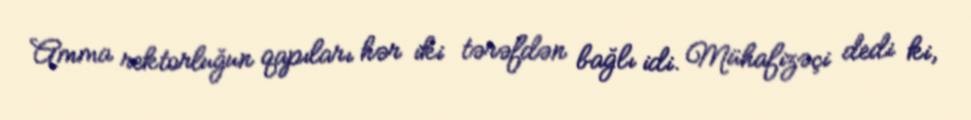
Amma rektorluğun qapıları hər iki tərəfdən bağlı idi. Mühafizəçi dedi ki,